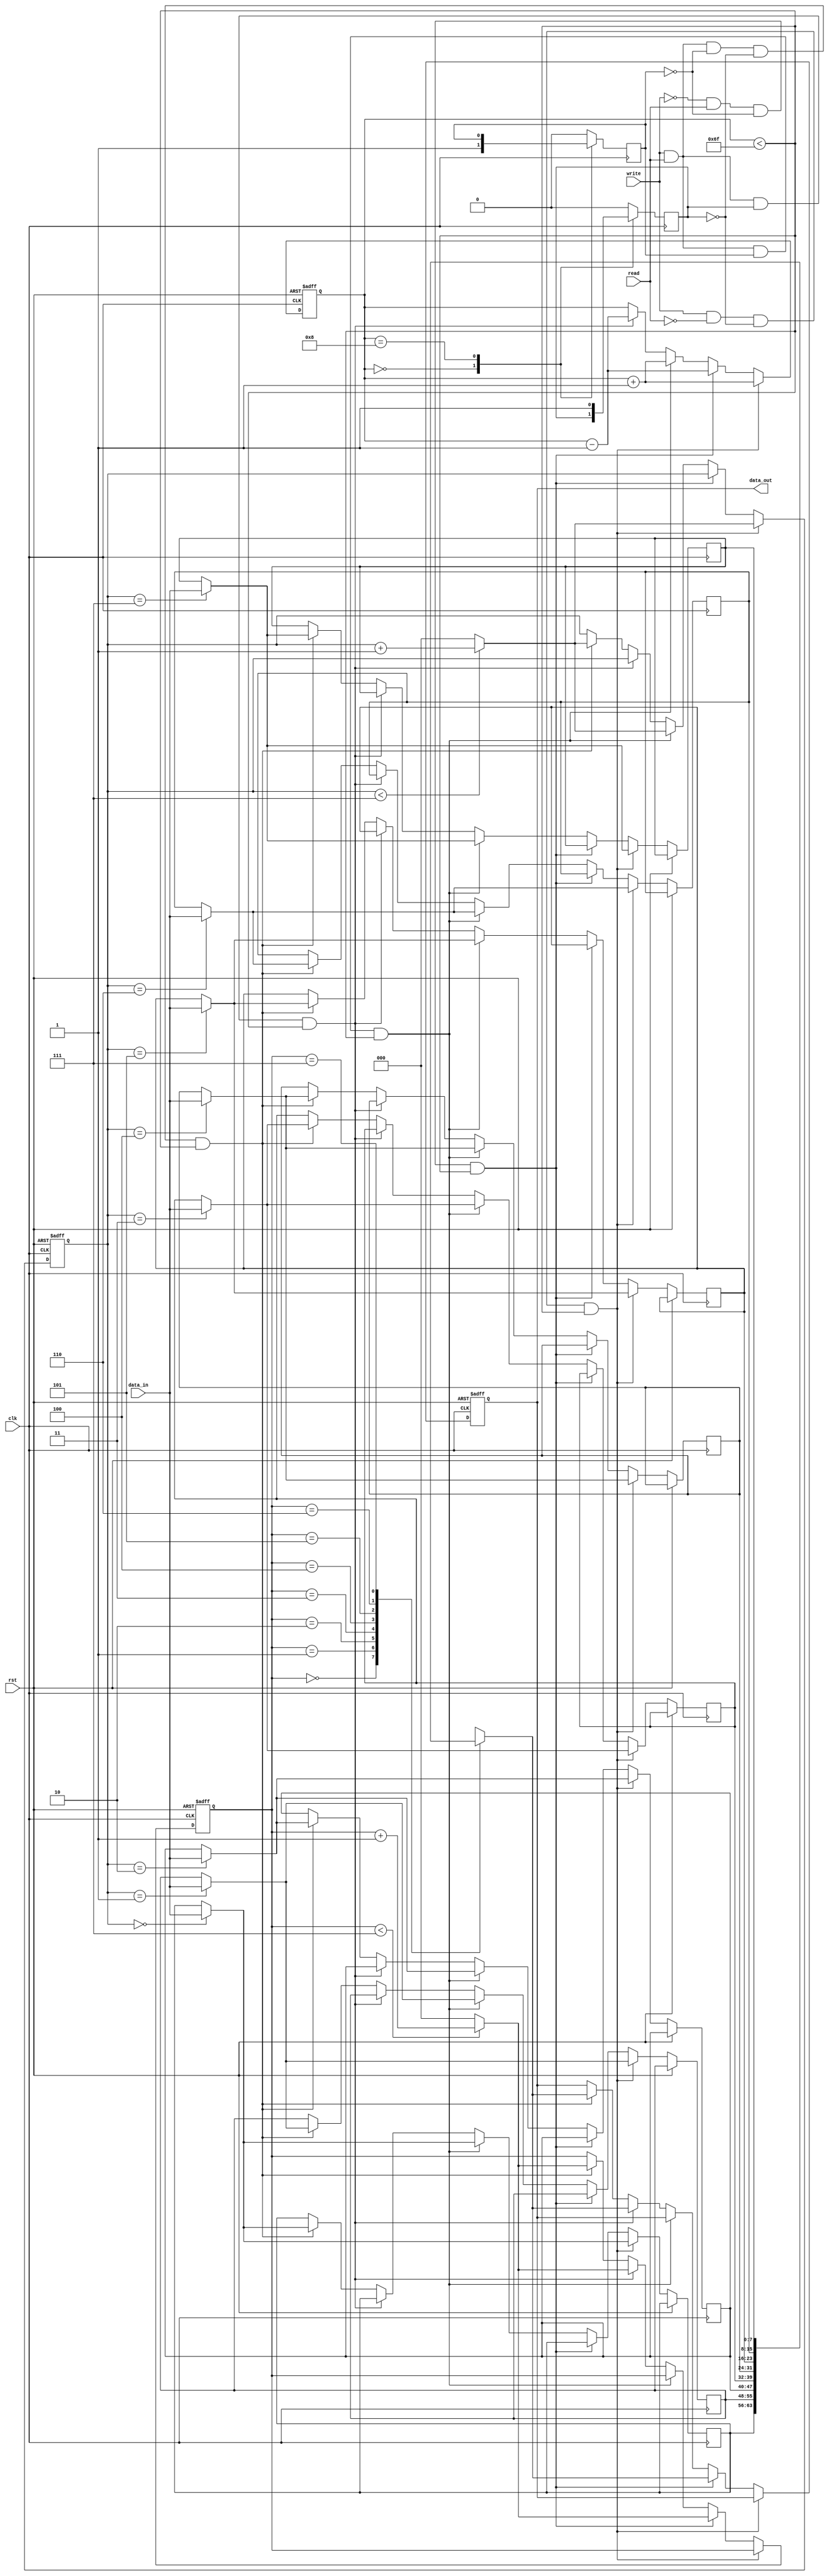
`timescale 1ns / 1ps
//////////////////////////////////////////////////////////////////////////////////
// Company: 
// Engineer: 
// 
// Design Name: 
// Module Name:    fifo0 
// Project Name: 
// Target Devices: 
// Tool versions: 
// Description: 
//
// Dependencies: 
//
// Revision: 
// Revision 0.01 - File Created
// Additional Comments: 
//
//////////////////////////////////////////////////////////////////////////////////
module fifoR20(clk, rst, write,data_in, read, data_out);
input clk, rst, write,read;
input[7:0] data_in;
output[7:0] data_out;
reg[2:0] read_ptr=3'b000;
reg[2:0] write_ptr=3'b000;
reg[3:0] count=4'b0000;
reg[7:0] data_out;
reg stack_full=1'b0;
reg stack_empty=1'b1;
reg[7:0] stack[7:0];
always @(posedge clk)
begin
case(count)
4'b0000:stack_empty=1'b1;
4'b1000: stack_full=1'b1;
default: begin
stack_empty=1'b0;
stack_full=1'b0;
end
endcase
end
always @(posedge clk or posedge rst)
begin
if(rst==1)
begin
data_out<=0;
read_ptr<=0;
write_ptr<=0;
count<=0;
end
else if(write&&(!read)&&(!stack_full)&&(count<0111))
begin
stack[write_ptr]<=data_in;
if(write_ptr<3'b111)
write_ptr<=write_ptr+1'b1;
else
write_ptr<=3'b000;
count<=count+1'b1;
end
else if(!write&& read &&(!stack_empty)&&(count<0111))
begin
data_out<=stack[read_ptr];
if(read_ptr<3'b111)
read_ptr<=read_ptr+1'b1;
else
read_ptr<=3'b000;
count<=count-1'b1;
end
else if(write&&read&&stack_empty&&(count<0111))
begin
stack[write_ptr]<=data_in;
if(write_ptr<3'b111)
write_ptr<=write_ptr+1'b1;
else
write_ptr<=3'b000;
count<=count+1'b1;
end
else if(write&&read&&stack_full&&(count<0111))
begin
data_out<=stack[read_ptr];
if(read_ptr<3'b111)
read_ptr<=read_ptr+1'b1;
else
read_ptr<=3'b000;
count<=count-1'b1;
end
else if(write&&read&&(!stack_empty)&&(!stack_full)&&(count<0111))
begin
stack[write_ptr]<=data_in;
if(write_ptr<3'b111)
write_ptr<=write_ptr+1'b1;
else
write_ptr<=3'b000;
data_out<=stack[read_ptr];
if(read_ptr<3'b111)
read_ptr<=read_ptr+1'b1;
else
read_ptr<=3'b000;
end
end


endmodule